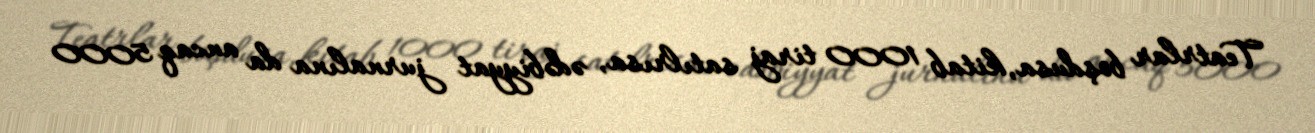
Teatrlar boşdusa, kitab 1000 tiraj satılrısa, ədəbiyyat jurnalına da ancaq 5000